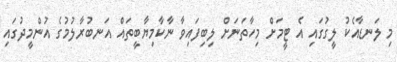
މި ލަނޑާއެކު ލީގުގައި އެ ޓީމަށް މިހާތަނަށް ލިބިފައިވާ ނާކާމިޔާބީތައް އަނބުރާލުމުގެ އުންމީދުގައި